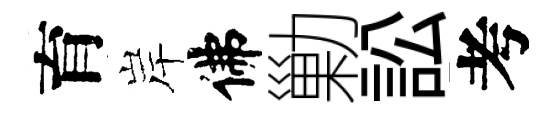
育岸佛勦訟考